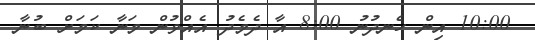
10:00 އިން ހެނދުނު 8:00 އާ ދެމެދު އެއްވުން މަނާ ކަމަށް ބުނާ